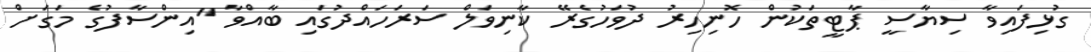
ގުޅިފައިވާ ސިޔާސީ ޕާޓީތަކުން ހޮނިހިރު ދުވަހުގެރޭ ކާނިވަލް ސަރަހައްދުގައި ބާއްވާ "އިންސާފުގެ މަގަށް